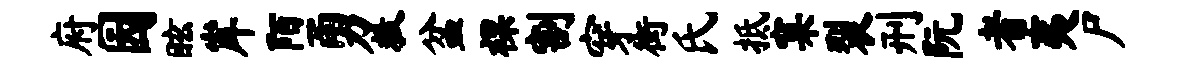
府园眩岸陌勇救盆裸割穿街氏抵窠裂刑阮者夷尸